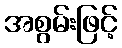
အစွမ်းဖြင့်